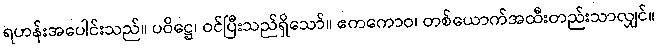
ရဟန်းအပေါင်းသည်။ ပဝိဋ္ဌေ၊ ဝင်ပြီးသည်ရှိသော်။ ဧကကောဝ၊ တစ်ယောက်အထီးတည်းသာလျှင်။